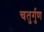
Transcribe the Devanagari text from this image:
चतुर्गुण